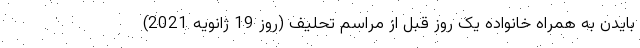
بایدن به همراه خانواده یک روز قبل از مراسم تحلیف (روز 19 ژانویه 2021)